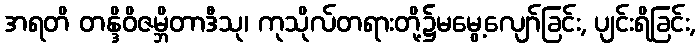
အရတိ တန္ဒိဝိဇမ္ဘိတာဒီသု၊ ကုသိုလ်တရားတို့၌မမွေ့လျော်ခြင်း, ပျင်းရိခြင်း,